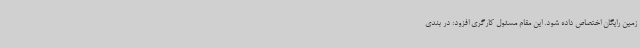
زمین رایگان اختصاص داده شود. این مقام مسئول کارگری افزود: در بندی